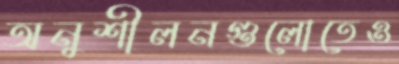
অনুশীলনগুলোতেও